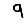
Digit: 9